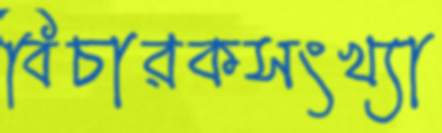
বিচারকসংখ্যা